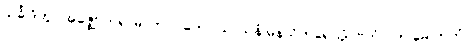
သင်္ခါဒိတွာ အဇ္ဈောဟရာမိ, ဘဂဝတော သာသနံ မနသိကရေယျံ, ဗဟုံ ဝတ မေ ကတံ